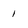
Character: 1